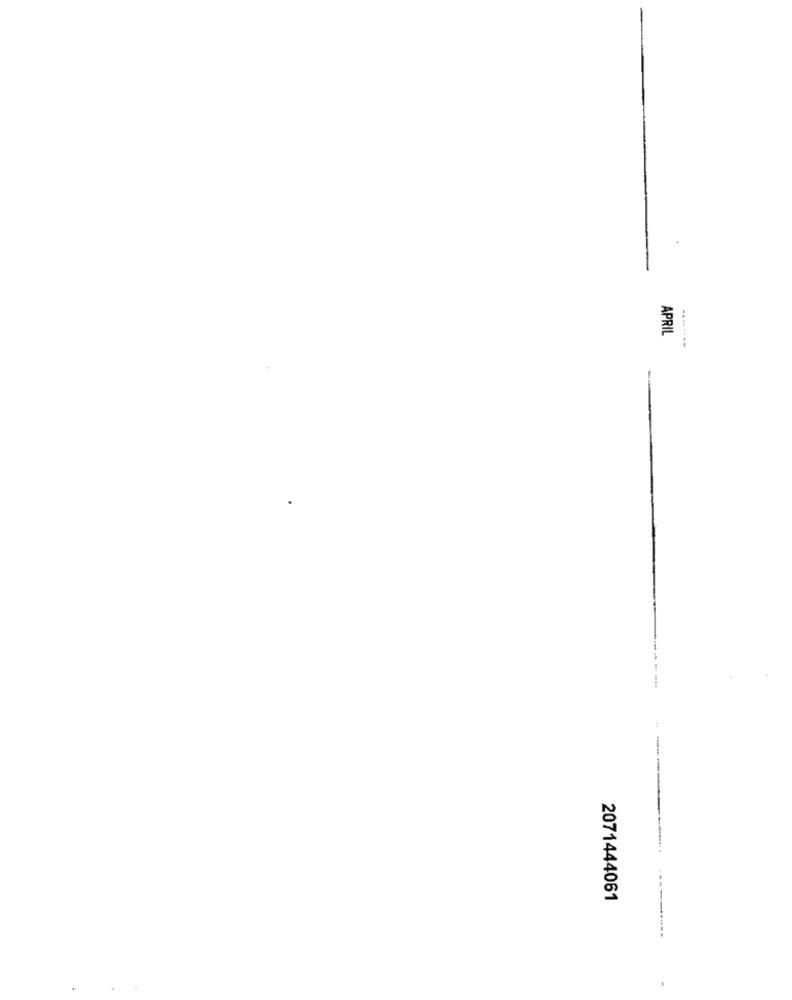
APRIL
2071444061